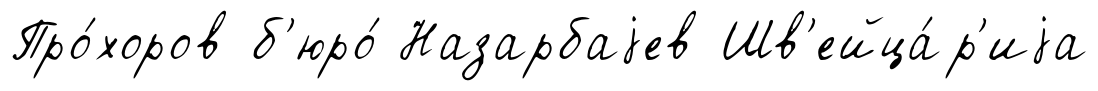
Про́хоров б'юро́ Назарбаjев Шв'ейца́р'иjа